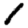
Digit: 1